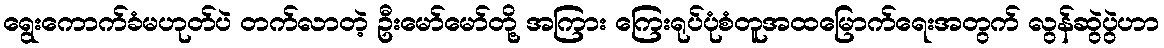
ရွေးကောက်ခံမဟုတ်ပဲ တက်လာတဲ့ ဦးမော်မော်တို့ အကြား ကြေးရုပ်ပုံစံတူအထမြောက်ရေးအတွက် လွန်ဆွဲပွဲဟာ